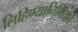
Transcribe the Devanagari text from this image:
लिहिण्यानिमित्ताने